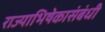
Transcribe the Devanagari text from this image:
राज्याभिषेकासंबंधी